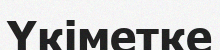
Үкіметке